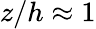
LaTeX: z/h\approx 1